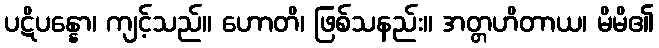
ပဋိပန္နော၊ ကျင့်သည်။ ဟောတိ၊ ဖြစ်သနည်း။ အတ္တဟိတာယ၊ မိမိ၏